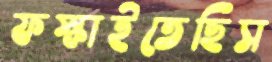
ফস্‌কাইতেছিস